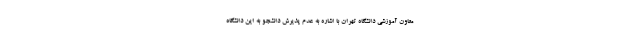
معاون آموزشی دانشگاه تهران با اشاره به عدم پذیرش دانشجو به این دانشگاه